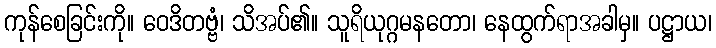
ကုန်စေခြင်းကို။ ဝေဒိတဗ္ဗံ၊ သိအပ်၏။ သူရိယုဂ္ဂမနတော၊ နေထွက်ရာအခါမှ။ ပဋ္ဌာယ၊